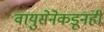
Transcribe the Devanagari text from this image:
वायुसेनेकडूनही